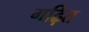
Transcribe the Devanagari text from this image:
गढ़ित